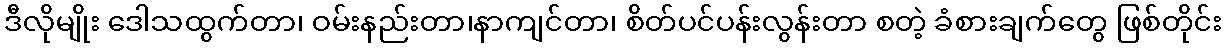
ဒီလိုမျိုး ဒေါသထွက်တာ၊ ဝမ်းနည်းတာ၊နာကျင်တာ၊ စိတ်ပင်ပန်းလွန်းတာ စတဲ့ ခံစားချက်တွေ ဖြစ်တိုင်း